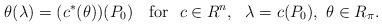
LaTeX: \begin{align*}\theta(\lambda)=(c^*(\theta))(P_0)\ \ \ \textup{for}\ \ c\in R^n,\ \ \lambda=c(P_0),\ \theta\in R_{\pi}.\end{align*}